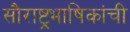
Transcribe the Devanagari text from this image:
सौराष्ट्रभाषिकांची